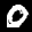
Label: 0